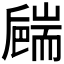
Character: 𦓝